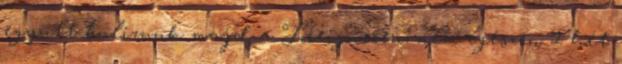
együtt bulizunk majd a Foreigneren, nem egészen 2 hét